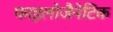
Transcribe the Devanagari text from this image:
फाइलोजैनेटिक